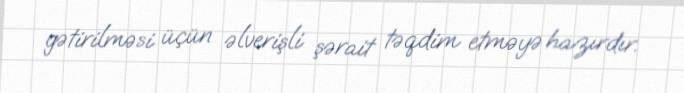
gətirilməsi üçün əlverişli şərait təqdim etməyə hazırdır.